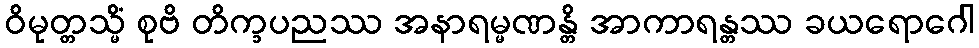
ဝိမုတ္တသ္မိံ စုဗိ တိက္ခပညဿ အနာရမ္မဏန္တိ အာကာရန္တဿ ခယရောဂေါ